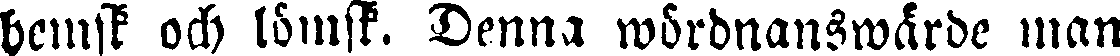
hemsk och lömsk. Denna wördnanswärde man